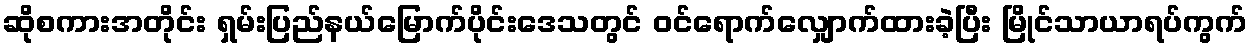
ဆိုစကားအတိုင်း ရှမ်းပြည်နယ်မြောက်ပိုင်းဒေသတွင် ဝင်ရောက်လျှောက်ထားခဲ့ပြီး မြိုင်သာယာရပ်ကွက်